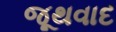
જૂથવાદ